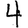
Digit: 4